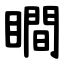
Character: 瞷